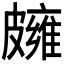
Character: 𥀪